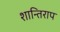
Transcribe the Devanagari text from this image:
शान्तिराप